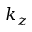
k _ { z }